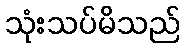
သုံးသပ်မိသည်